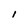
Character: 1